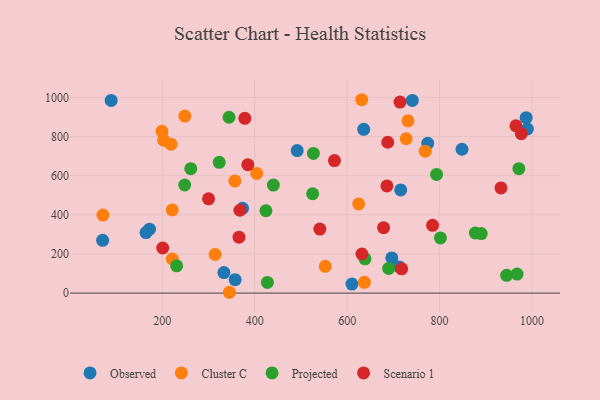
{"axis": {"x": "Study Hours", "y": "Profit"}, "legend": ["Cluster C", "Observed", "Projected", "Scenario 1"], "data": [{"x": "491.9", "y": 728.2, "type": "Observed"}, {"x": "774.3", "y": 765.5, "type": "Observed"}, {"x": "164.8", "y": 309.2, "type": "Observed"}, {"x": "696.6", "y": 179.8, "type": "Observed"}, {"x": "713.0", "y": 133.4, "type": "Observed"}, {"x": "715.8", "y": 527.1, "type": "Observed"}, {"x": "172.4", "y": 326.5, "type": "Observed"}, {"x": "635.8", "y": 836.8, "type": "Observed"}, {"x": "357.6", "y": 68.5, "type": "Observed"}, {"x": "987.3", "y": 896.2, "type": "Observed"}, {"x": "848.4", "y": 735.0, "type": "Observed"}, {"x": "70.9", "y": 269.5, "type": "Observed"}, {"x": "610.3", "y": 46.3, "type": "Observed"}, {"x": "740.9", "y": 984.6, "type": "Observed"}, {"x": "333.3", "y": 104.7, "type": "Observed"}, {"x": "373.6", "y": 433.3, "type": "Observed"}, {"x": "989.9", "y": 838.6, "type": "Observed"}, {"x": "89.4", "y": 984.7, "type": "Observed"}, {"x": "631.5", "y": 988.1, "type": "Cluster C"}, {"x": "624.9", "y": 455.5, "type": "Cluster C"}, {"x": "199.4", "y": 826.5, "type": "Cluster C"}, {"x": "248.9", "y": 904.4, "type": "Cluster C"}, {"x": "552.7", "y": 136.8, "type": "Cluster C"}, {"x": "314.2", "y": 197.5, "type": "Cluster C"}, {"x": "203.1", "y": 781.4, "type": "Cluster C"}, {"x": "357.0", "y": 572.2, "type": "Cluster C"}, {"x": "71.6", "y": 398.9, "type": "Cluster C"}, {"x": "219.0", "y": 761.1, "type": "Cluster C"}, {"x": "768.9", "y": 725.4, "type": "Cluster C"}, {"x": "221.6", "y": 174.2, "type": "Cluster C"}, {"x": "727.7", "y": 788.8, "type": "Cluster C"}, {"x": "345.1", "y": 4.2, "type": "Cluster C"}, {"x": "404.4", "y": 611.3, "type": "Cluster C"}, {"x": "637.4", "y": 55.1, "type": "Cluster C"}, {"x": "221.5", "y": 424.9, "type": "Cluster C"}, {"x": "731.6", "y": 880.1, "type": "Cluster C"}, {"x": "231.1", "y": 139.1, "type": "Projected"}, {"x": "801.8", "y": 281.9, "type": "Projected"}, {"x": "945.0", "y": 90.6, "type": "Projected"}, {"x": "427.4", "y": 54.5, "type": "Projected"}, {"x": "877.3", "y": 307.1, "type": "Projected"}, {"x": "793.4", "y": 606.4, "type": "Projected"}, {"x": "967.6", "y": 97.0, "type": "Projected"}, {"x": "424.2", "y": 420.8, "type": "Projected"}, {"x": "344.4", "y": 898.5, "type": "Projected"}, {"x": "261.6", "y": 635.7, "type": "Projected"}, {"x": "440.3", "y": 552.2, "type": "Projected"}, {"x": "638.6", "y": 175.0, "type": "Projected"}, {"x": "248.5", "y": 552.4, "type": "Projected"}, {"x": "689.8", "y": 126.1, "type": "Projected"}, {"x": "971.5", "y": 635.6, "type": "Projected"}, {"x": "526.9", "y": 713.6, "type": "Projected"}, {"x": "890.1", "y": 304.3, "type": "Projected"}, {"x": "525.3", "y": 507.6, "type": "Projected"}, {"x": "323.2", "y": 668.0, "type": "Projected"}, {"x": "686.0", "y": 547.8, "type": "Scenario 1"}, {"x": "678.8", "y": 334.2, "type": "Scenario 1"}, {"x": "366.0", "y": 285.8, "type": "Scenario 1"}, {"x": "784.8", "y": 346.3, "type": "Scenario 1"}, {"x": "965.2", "y": 854.5, "type": "Scenario 1"}, {"x": "385.1", "y": 656.3, "type": "Scenario 1"}, {"x": "200.9", "y": 230.4, "type": "Scenario 1"}, {"x": "932.8", "y": 537.5, "type": "Scenario 1"}, {"x": "572.5", "y": 677.4, "type": "Scenario 1"}, {"x": "718.0", "y": 124.1, "type": "Scenario 1"}, {"x": "540.9", "y": 327.1, "type": "Scenario 1"}, {"x": "368.0", "y": 423.4, "type": "Scenario 1"}, {"x": "714.3", "y": 976.2, "type": "Scenario 1"}, {"x": "687.8", "y": 770.7, "type": "Scenario 1"}, {"x": "631.9", "y": 199.8, "type": "Scenario 1"}, {"x": "378.6", "y": 893.1, "type": "Scenario 1"}, {"x": "976.8", "y": 814.5, "type": "Scenario 1"}, {"x": "300.1", "y": 481.7, "type": "Scenario 1"}]}